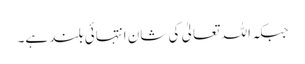
جبکہ اللہ تعالیٰ کی شان انتہائی بلند ہے۔